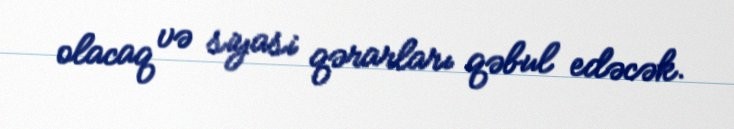
olacaq və siyasi qərarları qəbul edəcək.